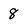
Character: 8